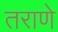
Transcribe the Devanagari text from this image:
तराणे